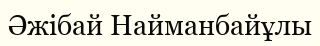
Әжібай Найманбайұлы